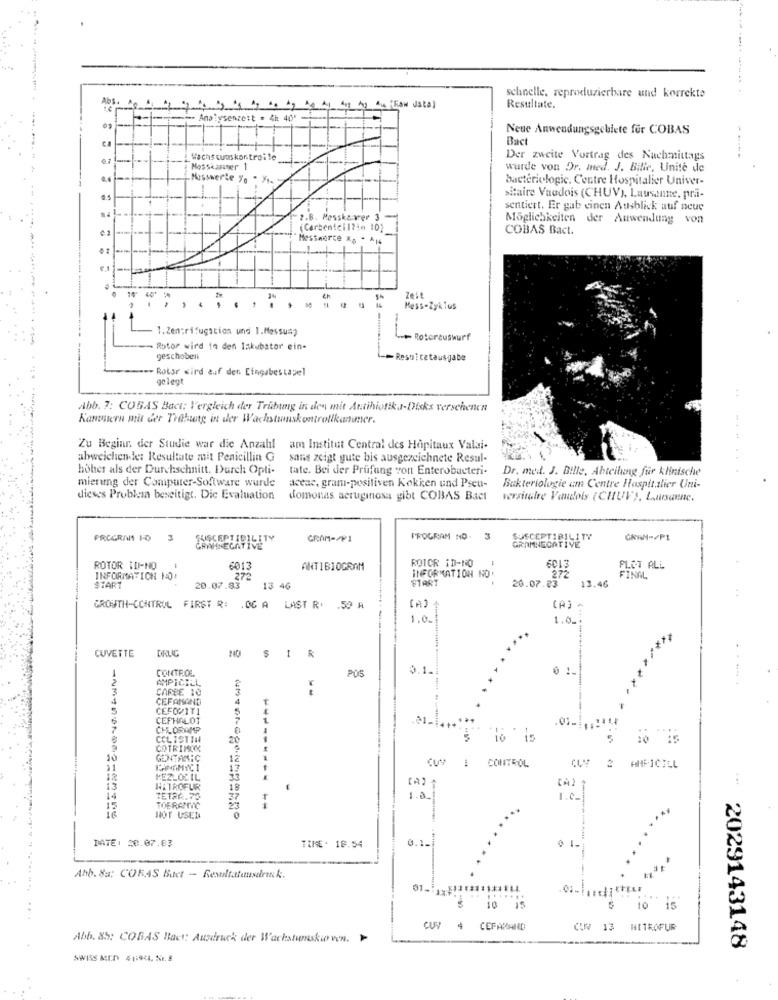
Abs
schnelle, reproduzierbare und korrekte
Resultate.
Analysenzeit . 4h 40'
Neue Anwendungsgebiete für COBAS
Bact
Wachs waskontroile
-
Der zweite Vortrag des Nachmittags
Mosskaraser 1
wurde von Dr. med. J. Bilie, Unite de
Messwerte yo " Mix
bactérielogic. Centre Hospitalier Univer-
sitaire Vaadois (CHUV), Lausanne, pri-
sentiert. Er gab einen Ausblick auf neue
7.B. Messkaver 3
Möglichkeiten der Anwendung von
(Carbenteil?in 10)
COBAS Bact.
Mesimerce x2 .
4h
Zeit
. .. .. ........
Mess-Zyklus
1.Zentrifugstios und 1.Messu=p
--
Rotorcuswurf
Rotor wird in den Inkubator ein-
geschobeni
-Resultatausgabe
Rotor wird auf den Eingabestapel
gelegt
Abb. 7: COBAS Bact; l'ergleich der Trübtung in den mit Antibiotika-Disks verschenen
Kantstern mit der Trabaty in der Wachstumskontrollkanner.
Zu Beginn der Studie war die Anzahl
am Institut Central des Hôpitaux Valai.
abweichendder Resultate mit Penicillin G
sans zeigt gute bis ausgezeichnete Resul-
hohes als der Durchschnitt. Durch Opti-
tate. Bei der Prüfung von Enterobacteri-
Dr. med. J. Bille, Abteilung für klinische
.......
mierung der Computer-Software wurde
aceac, gram-positiven Kokken und Pseu-
Bakteriologie am Centre Hospitalier Uni-
dieses Problem beseitigt. Die Evaluation
domonas aeruginosa gibt COBAS Bact
versituire Vaudois (CHUV), Lausanne.
FRCGRANT 1-0
3
SUSCEPTIBILITY
GRAM-/P1
PROGRAM NO. 3
SUSCEPTIBILITY
GRAN-/PL
GRAMNEGATI
GRAMNEGATIVE
ROICR ID-NO
ROTOR WI-NO
6013
ANTIBIOGRAM
6013
PLOT ALL
INFORMATION NO:
272
INFORMATION NO
START
272
13.46
FINAL
START
20.07.83
13 46
20.07.23
GROWTH-CONTROL FIRST R: . 06 A LAST R. . 50 A
(A) -
1.0.
1.0.
..
DRLIC
CUVETTE
-
R
CONTE.DE.
0.1.
AMPICILL
POS
3
CARPE 10
CEFAMAND
5
CEFORITI
6
CEPHALO1
CCL IST I44
20
io is
5
10 15
COTRIMSON
10
GENTAMIC
12
CONTROL
31
13
12
KEZLOL IL
13
HATROFUIR
18
14
ET26.75
37
1.0
I.e.
--------- -*
HOT USED
DATE: 28.07.83
TIME: 18.54
Abb. 8a: CORAS Buet - Resultatetusulrını k.
------
01.1.
$ 10 15
10 15
... ...
CUV 4 CEFAMAND
CUV 13 NITROFUR
Abb. 85: COBAS Back; Ausdruck der Wachstumskio ven.
2029143148